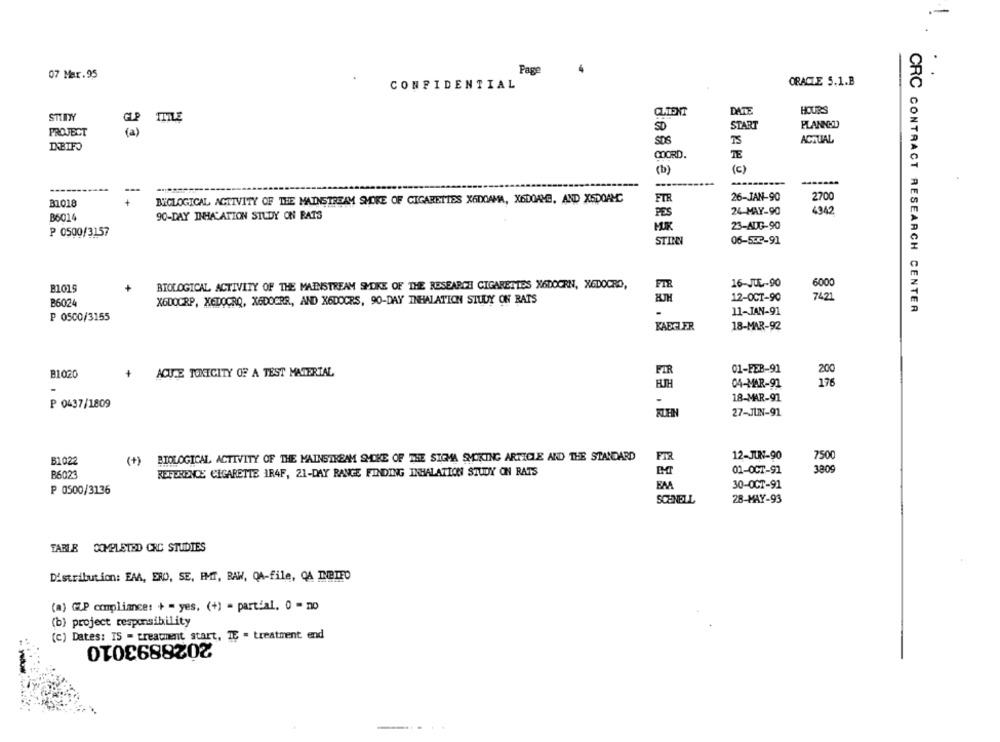
07 Mar.95
Page
CONFIDENTIAL
ORACLE 5.1.B
CHENT
DATE
HOURS
STINY
TITLE
SD
START
PLANNED
PROJECT
SOS
ACTUAL
DNBIFO
COORD.
TE
(b)
(c)
--
-----
BIGLOGICAL ACTIVITY OF THE MAINSTREAM SMORE OF CIGARETTES XODOAMA, X6DOAMB, AND X5DOAMC
FTR
26-JAN-90
2700
31018
PES
24-MAY-90
4942
B6014
90-DAY INHALATION STUDY ON BATS
MIK
23-AUG-90
P 0500/3157
STINE
06-553-91
16-JUL-90
B1019
BIOLOGICAL ACTIVITY OF THE MAINSTREAM SPOKE OF THE RESEARCH CIGARETTES X6DOORN, XGDOCRO,
FIR
6000
12-OCT-90
7421
B6024
X6DOCRP, XEDOCRO, XEDOGRR, AND X6DOCRS, 90-DAY INHALATION STUDY ON RATS
11-JAN-91
CRC CONTRACT RESEARCH CENTER
P 0500/3155
KADGLER
18-MAR-92
FIR
01-FEB-91
200
B1020
+
ACUTE TOXICITY OF A TEST MATERIAL
04-MAR-91
-
18-MAR-91
P 0437/1809
27-JUN-91
B1022
( +)
BIOLOGICAL ACTIVITY OF THE MAINSTREAM SHOKE OF THE SIGMA SMOKING ARTICLE AND THE STANDARD
FIR
12-JUN-90
7500
3809
B6023
REFERENCE CIGARETTE IR4F, 21-DAY RANGE FINDING INHALATION STUDY ON RATS
01-OCT-91
BAA
30-OCT-91
P 0500/3136
SCHNELL
28-MAY-93
TARLE COMPLETED CRC STUDIES
Distribution: EAA, ERO, SE, EMT, BAW, QA-file, QA INBIFO
(a) GLP compliance: + = yes. (+) = partial. 0 = no
(b) project responsibility
(c) Dates: IS = treatment start, TE - treatment end
2028893010